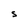
Character: S